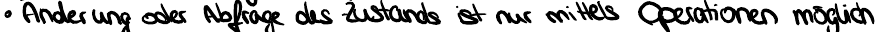
Änderung oder Abfrage des Zustands ist nur mittels Operationen möglich